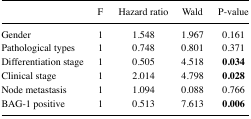
<table><thead><tr><td></td><td><b>F</b></td><td><b>Hazard ratio</b></td><td><b>Wald</b></td><td><b>P-value</b></td></tr></thead><tbody><tr><td>Gender</td><td>1</td><td>1.548</td><td>1.967</td><td>0.161</td></tr><tr><td>Pathological types</td><td>1</td><td>0.748</td><td>0.801</td><td>0.371</td></tr><tr><td>Differentiation stage</td><td>1</td><td>0.505</td><td>4.518</td><td><b>0.034</b></td></tr><tr><td>Clinical stage</td><td>1</td><td>2.014</td><td>4.798</td><td><b>0.028</b></td></tr><tr><td>Node metastasis</td><td>1</td><td>1.094</td><td>0.088</td><td>0.766</td></tr><tr><td>BAG-1 positive</td><td>1</td><td>0.513</td><td>7.613</td><td><b>0.006</b></td></tr></tbody></table>